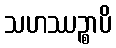
သဟဿဉ္စာပိ